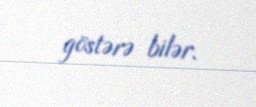
göstərə bilər.